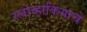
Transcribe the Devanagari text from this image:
स्लोव्हाकियाचे